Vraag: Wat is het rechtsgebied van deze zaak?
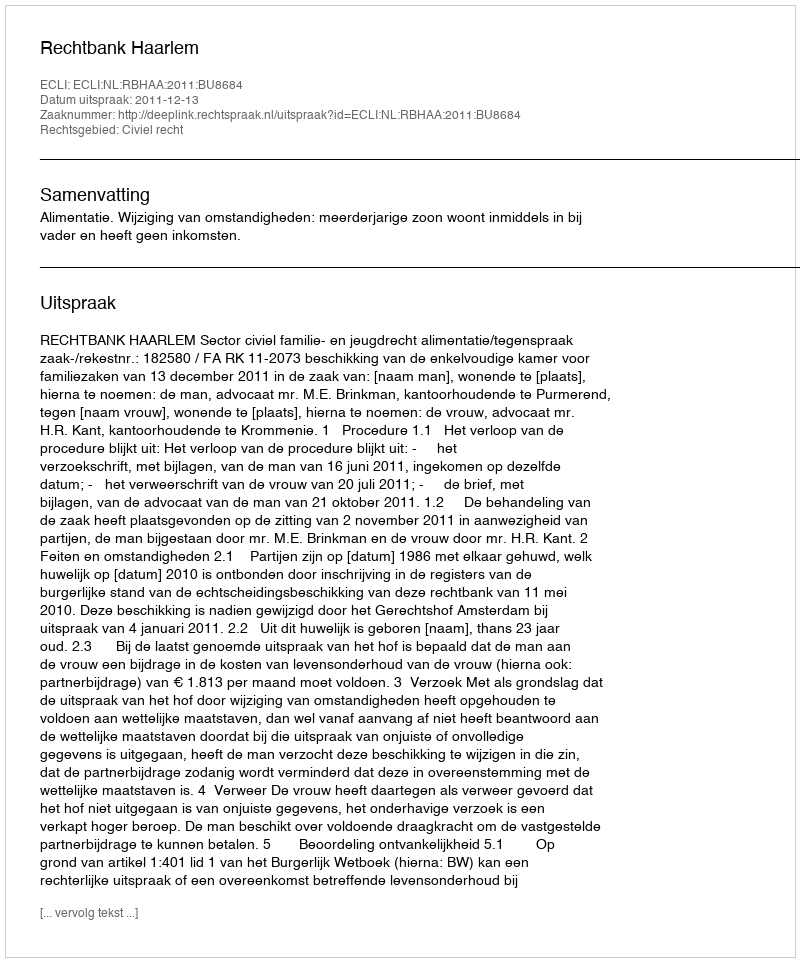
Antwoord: Civiel recht